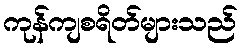
ကုန်ကျစရိတ်များသည်